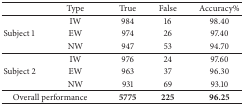
|  | Type | True | False | Accuracy% |
 | --- | --- | --- | --- | --- |
 |  | IW | 984 | 16 | 98.40 |
 | Subject 1 | EW | 974 | 26 | 97.40 |
 |  | NW | 947 | 53 | 94.70 |
 |  | IW | 976 | 24 | 97.60 |
 | Subject 2 | EW | 963 | 37 | 96.30 |
 |  | NW | 931 | 69 | 93.10 |
 | <COLSPAN=2> Overall performance | 5775 | 225 | 96.25 |